Vaccination in Bombay 1863-1868 - 1863-1868
Year: 1863
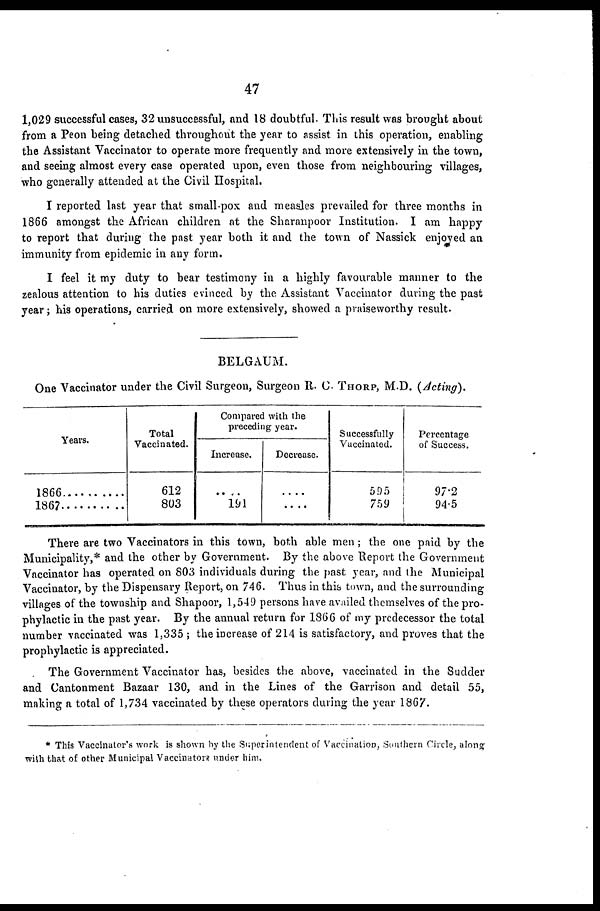
47
1,029 successful cases, 32 unsuccessful, and 18 doubtful. This result was brought about
from a Peon being detached throughout the year to assist in this operation, enabling
the Assistant Vaccinator to operate more frequently and more extensively in the town,
and seeing almost every case operated upon, even those from neighbouring villages,
who generally attended at the Civil Hospital.
I reported last year that small-pox and measles prevailed for three months in
1866 amongst the African children at the Sharanpoor Institution. I am happy
to report that during the past year both it and the town of Nassick enjoyed an
immunity from epidemic in any form.
I feel it my duty to bear testimony in a highly favourable manner to the
zealous attention to his duties evinced by the Assistant Vaccinator during the past
year; his operations, carried on more extensively, showed a praiseworthy result.
BELGAUM.
One Vaccinator under the Civil Surgeon, Surgeon R. C. THORP, M.D. (Acting).
Years.
1866 .............
1867 .............
Total
Vaccinated.
612
803
Compared with the
preceding year.
Increase.
....
191
Decrease.
....
....
Successfully
Vaccinated.
595
759
Percentage
of Success.
97.2
94.5
There are two Vaccinators in this town, both able men ; the one paid by the
Municipality,* and the other by Government. By the above Report the Government
Vaccinator has operated on 803 individuals during the past year, and the Municipal
Vaccinator, by the Dispensary Report, on 746. Thus in this town, and the surrounding
villages of the township and Shapoor, 1,549 persons have availed themselves of the pro-
phylactic in the past year. By the annual return for 1866 of my predecessor the total
number vaccinated was 1,335 ; the increase of 214 is satisfactory, and proves that the
prophylactic is appreciated.
The Government Vaccinator has, besides the above, vaccinated in the Sudder
and Cantonment Bazaar 130, and in the Lines of the Garrison and detail 55,
making a total of 1,734 vaccinated by these operators during the year 1867.
* This Vaccinator's work is shown by the Superintendent of Vaccination, Southern Circle, along
with that of other Municipal Vaccinators under him.